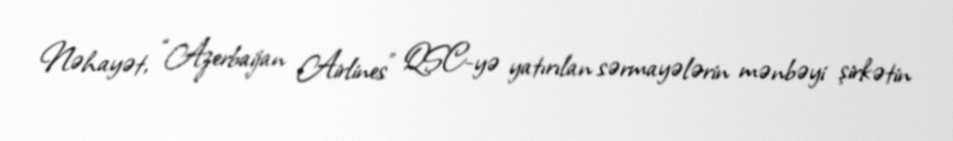
Nəhayət, “Azerbaijan Airlines” QSC-yə yatırılan sərmayələrin mənbəyi şirkətin